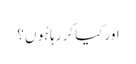
اور کیا کر رہا ہُوں؟